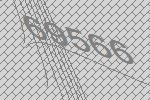
69566